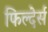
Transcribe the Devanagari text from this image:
फिल्देर्स